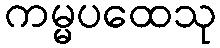
ကမ္မပထေသု